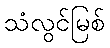
သံလွင်မြစ်